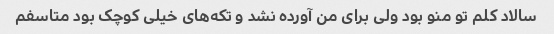
سالاد کلم تو منو بود ولی برای من آورده نشد و تکه‌های خیلی کوچک بود متاسفم